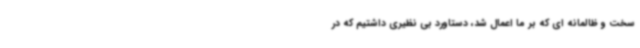
سخت و ظالمانه ای که بر ما اعمال شد، دستاورد بی نظیری داشتیم که در